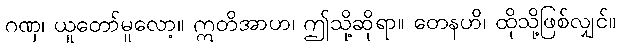
ဂဏှ၊ ယူတော်မူလော့။ ဣတိအာဟ၊ ဤသို့ဆိုရာ။ တေနဟိ၊ ထိုသို့ဖြစ်လျှင်။